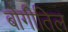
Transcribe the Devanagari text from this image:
बोगीतिल